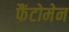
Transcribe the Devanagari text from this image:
फैंटोमेन